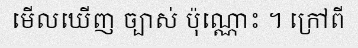
មើលឃើញ ច្បាស់ ប៉ុណ្ណោះ ។ ក្រៅពី